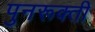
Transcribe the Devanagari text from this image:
पुनरूक्ती